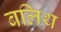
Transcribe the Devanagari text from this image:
बलिथ